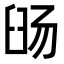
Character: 𬛹